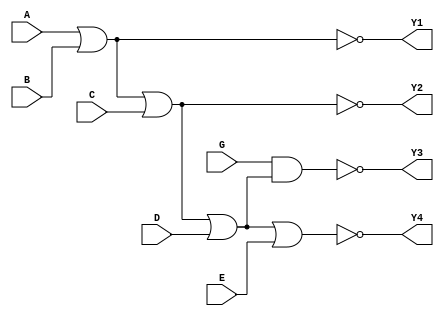
module LG_2_1(input A,input B,input C,input D,input E, input G , output Y1,output Y2,output Y3,output Y4);
assign Y1 = ~(A | B); // This is representative of IC7402 , IC 741002 , IC7433 , IC74805 , IC74128. All these are 2-Input NOR gates
assign Y2 = ~(A | B | C); // This is representative of IC 7427. It is a 3-input NOR gate
assign Y3 = ~(G & (A | B | C | D)); // This is representative of IC 7425. It is a 4-Input NOR gate. Only if G = 1 , the output of the NOR gate will be 0[Active]. Otherwise it will be 1[Inactive]
assign Y4 = ~( A | B | C | D | E); // This is representative of IC 74260. It is a 5-Input NOR gate
endmodule